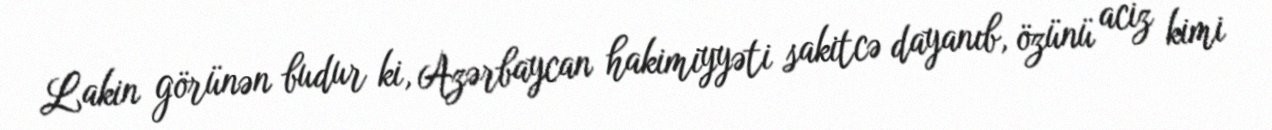
Lakin görünən budur ki, Azərbaycan hakimiyyəti sakitcə dayanıb, özünü aciz kimi